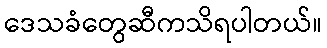
ဒေသခံတွေဆီကသိရပါတယ်။